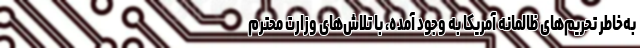
به‌خاطر تحریم‌های ظالمانه آمریکا به وجود آمده، با تلاش‌های وزارت محترم